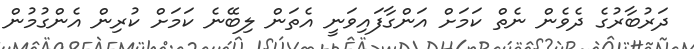
ދަރުބާރުގެ ދެވެން ނެތް ކަމަށް އަންގާފައިވަނީ އެތަން ލިބޭނެ ކަމަށް ކުރިން އެންގުމުން